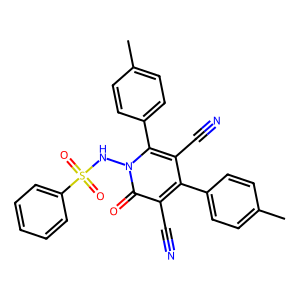
SMILES: Cc1ccc(-c2c(C#N)c(-c3ccc(C)cc3)n(NS(=O)(=O)c3ccccc3)c(=O)c2C#N)cc1
Inhibits HIV replication: No